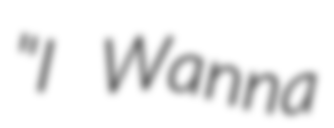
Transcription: "I Wanna